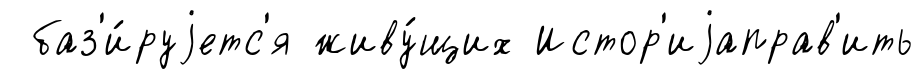
баз'и́руjетс'я живу́щих Истор'иjаправ'ить